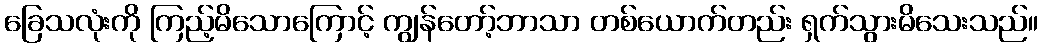
ခြေသလုံးကို ကြည့်မိသောကြောင့် ကျွန်တော့်ဘာသာ တစ်ယောက်တည်း ရှက်သွားမိသေးသည်။